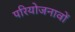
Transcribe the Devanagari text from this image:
परियोजनावों